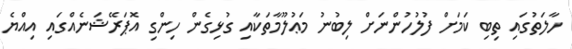
ހާލަތުގައި ތިބި ކަމަށް ފުލުހުންނަށް ލިބުނު މަޢުލޫމާތަކާއި ގުޅިގެން ހިންގި އޮޕަރޭޝަނެއްގައި އިއްޔެ